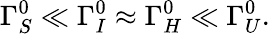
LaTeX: \Gamma_{S}^{0}\ll\Gamma_{I}^{0}\approx\Gamma_{H}^{0}\ll\Gamma_{U}^{0}.